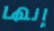
إنها